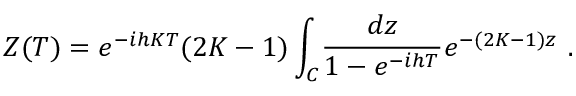
Z ( T ) = e ^ { - i h K T } ( 2 K - 1 ) \int _ { C } \! { \frac { d z } { 1 - e ^ { - i h T } } } e ^ { - ( 2 K - 1 ) z } \ .